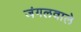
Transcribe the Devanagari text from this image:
जंगलवाले